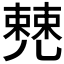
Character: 𠒹